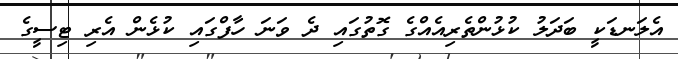
އެލަނޑަކީ ބަދަލު ކުޅުންތެރިއެއްގެ ގޮތުގައި ދެ ވަނަ ހާފްގައި ކުޅެން އެރި ޓިސީގެ